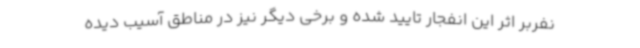
نفربر اثر این انفجار تایید شده و برخی دیگر نیز در مناطق آسیب دیده